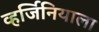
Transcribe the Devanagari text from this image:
व्हर्जिनियाला